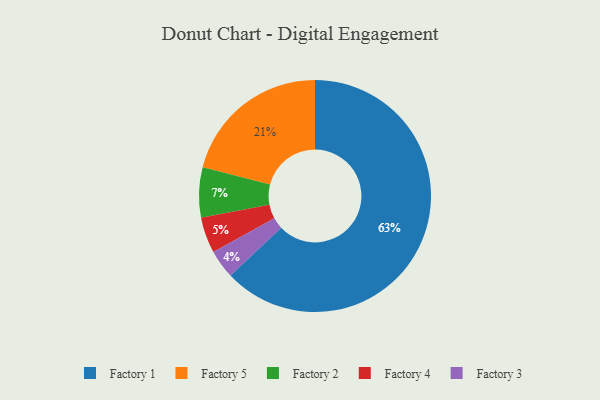
{"axis": {"x": "Category", "y": "Percentage"}, "legend": ["Factory 1", "Factory 2", "Factory 3", "Factory 4", "Factory 5"], "data": [{"x": "Factory 3", "y": 4, "type": "Factory 3"}, {"x": "Factory 5", "y": 21, "type": "Factory 5"}, {"x": "Factory 1", "y": 63, "type": "Factory 1"}, {"x": "Factory 2", "y": 7, "type": "Factory 2"}, {"x": "Factory 4", "y": 5, "type": "Factory 4"}]}